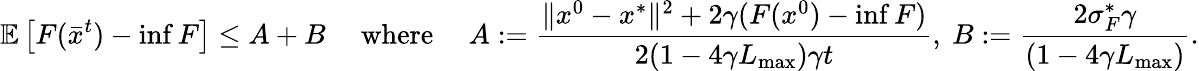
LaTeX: \mathbb{E}\left[F(\bar{x}^{t})-\operatorname*{inf}F\right]\leq A+B\quad\mathrm{~where~}\quad A:=\frac{\Vert x^{0}-x^{*}\Vert^{2}+2\gamma(F(x^{0})-\operatorname*{inf}F)}{2(1-4\gamma L_{\operatorname*{max}})\gamma t},\ B:=\frac{2\sigma_{F}^{*}\gamma}{(1-4\gamma L_{\operatorname*{max}})}.